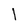
Character: l